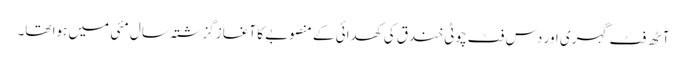
آٹھ فٹ گہری اور دس فٹ چوٹی خندق کی کھدائی کے منصوبے کا آغاز گزشتہ سال مئی میں ہوا تھا۔